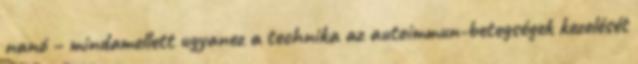
nanó – mindamellett ugyanez a technika az autoimmun-betegségek kezelését